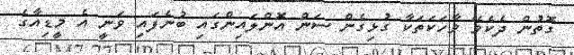
ގޮތުން ދެކެވޭ ވާހަކަތަކާ ގުޅިގެން ސަން އޮންލައިންގައި ބުނެފައި ވަނީ އެ މީޑިއާގެ